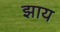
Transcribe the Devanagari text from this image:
झाय